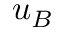
u _ { B }